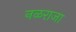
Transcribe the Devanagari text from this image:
नळराजा